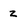
Character: z